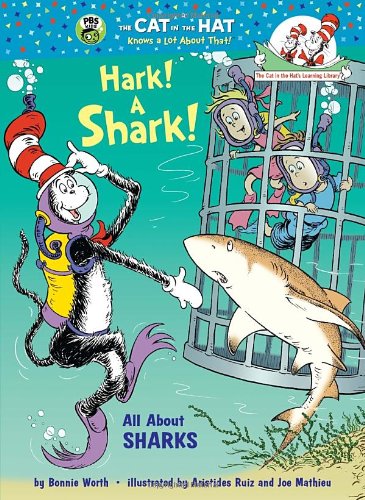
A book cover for Hark! A Shark!: All About Sharks (Cat in the Hat's Learning Library); Bonnie Worth; Children's Books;